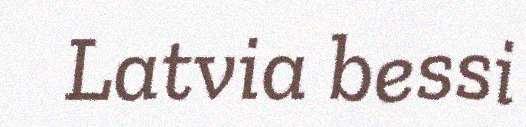
Latvia bessi